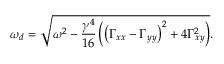
\omega _ { d } = \sqrt { \omega ^ { 2 } - \frac { \gamma ^ { 4 } } { 1 6 } \left( \left( \Gamma _ { x x } - \Gamma _ { y y } \right) ^ { 2 } + 4 \Gamma _ { x y } ^ { 2 } \right) } .